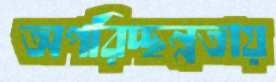
অপরিচ্ছন্নতায়